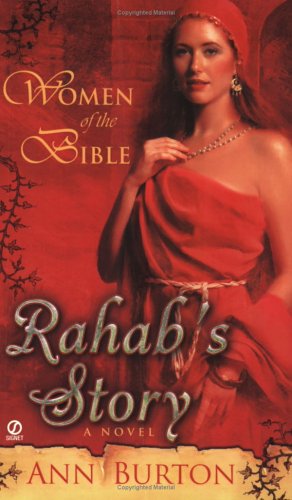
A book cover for Rahab's Story: A Novel (Women of the Bible); Ann Burton; Christian Books & Bibles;